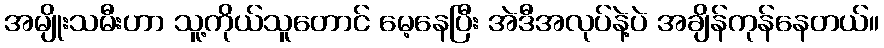
အမျိုးသမီးဟာ သူ့ကိုယ်သူတောင် မေ့နေပြီး အဲဒီအလုပ်နဲ့ပဲ အချိန်ကုန်နေတယ်။